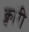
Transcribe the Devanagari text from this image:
क्वांरी